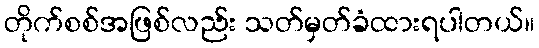
တိုက်စစ်အဖြစ်လည်း သတ်မှတ်ခံထားရပါတယ်။